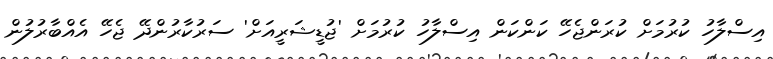
އިސްލާހު ކުރުމަށް ކުރަންޖެހޭ ކަންކަން އިސްލާހު ކުރުމަށް 'ޖުޑީޝަރީއަށް' ސަރުކާރުންދޭ ޖެހޭ އެއްބާރުލުން